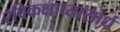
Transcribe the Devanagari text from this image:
रविकक्षाव्यासार्ध